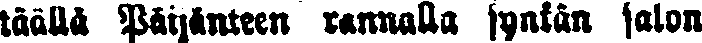
täällä Päijänteen rannalla synkän salon